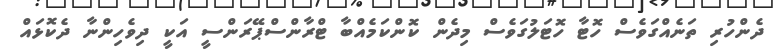
ދެންހުރި ތަނެއްގަވެސް ހޮޓާ ހޮޓަލުގަވެސް މިދެން ކޮންކަމެއްބާ ޓްރާންސްޕޭރަންސީ އަކީ ދިވެހިންނާ ދެކޮޅައް